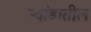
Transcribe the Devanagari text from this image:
र्‍वांडातील